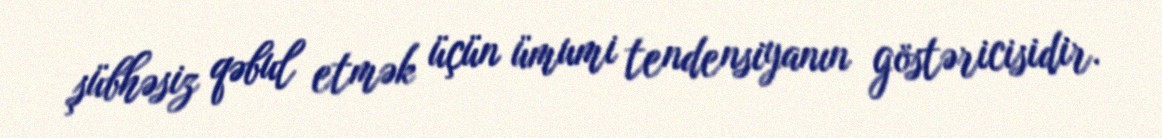
şübhəsiz qəbul etmək üçün ümumi tendensiyanın göstəricisidir.